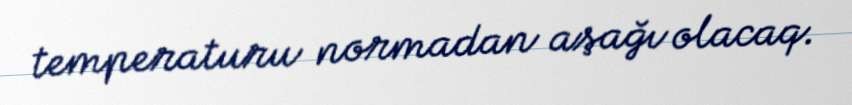
temperaturu normadan aşağı olacaq.